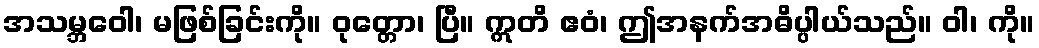
အသမ္ဘဝေါ၊ မဖြစ်ခြင်းကို။ ဝုတ္တော၊ ပြီ။ ဣတိ ဧဝံ၊ ဤအနက်အဓိပ္ပါယ်သည်။ ဝါ၊ ကို။